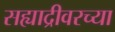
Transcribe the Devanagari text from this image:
सह्याद्रीवरच्या